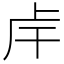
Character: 𢆌